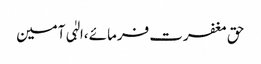
حق مغفرت فرمائے ،الہٰی آمین